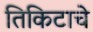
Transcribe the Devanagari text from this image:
तिकिटाचे